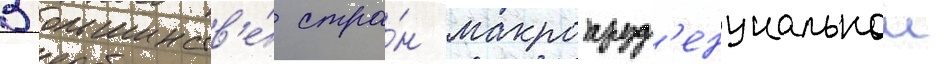
В большинств'е́ стра́н макропруд'енциальнои